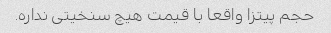
حجم پیتزا واقعا با قیمت هیچ سنخیتی نداره.